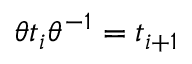
{ \theta t _ { i } \theta ^ { - 1 } = t _ { i + 1 } }